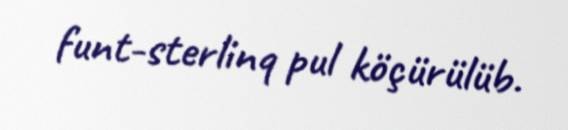
funt-sterlinq pul köçürülüb.